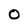
Character: O